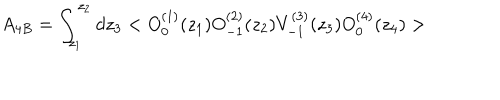
LaTeX: A _ { 4 B } = \int _ { z _ { 1 } } ^ { z _ { 2 } } d z _ { 3 } < O _ { 0 } ^ { ( 1 ) } ( z _ { 1 } ) O _ { - 1 } ^ { ( 2 ) } ( z _ { 2 } ) V _ { - 1 } ^ { ( 3 ) } ( z _ { 3 } ) O _ { 0 } ^ { ( 4 ) } ( z _ { 4 } ) >